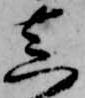
真